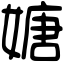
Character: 㜍